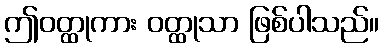
ဤဝတ္ထုကား ဝတ္ထုသာ ဖြစ်ပါသည်။